65_HS1-834228961_62-HQ-83894_Section_10
Agency: FBI
Page 146
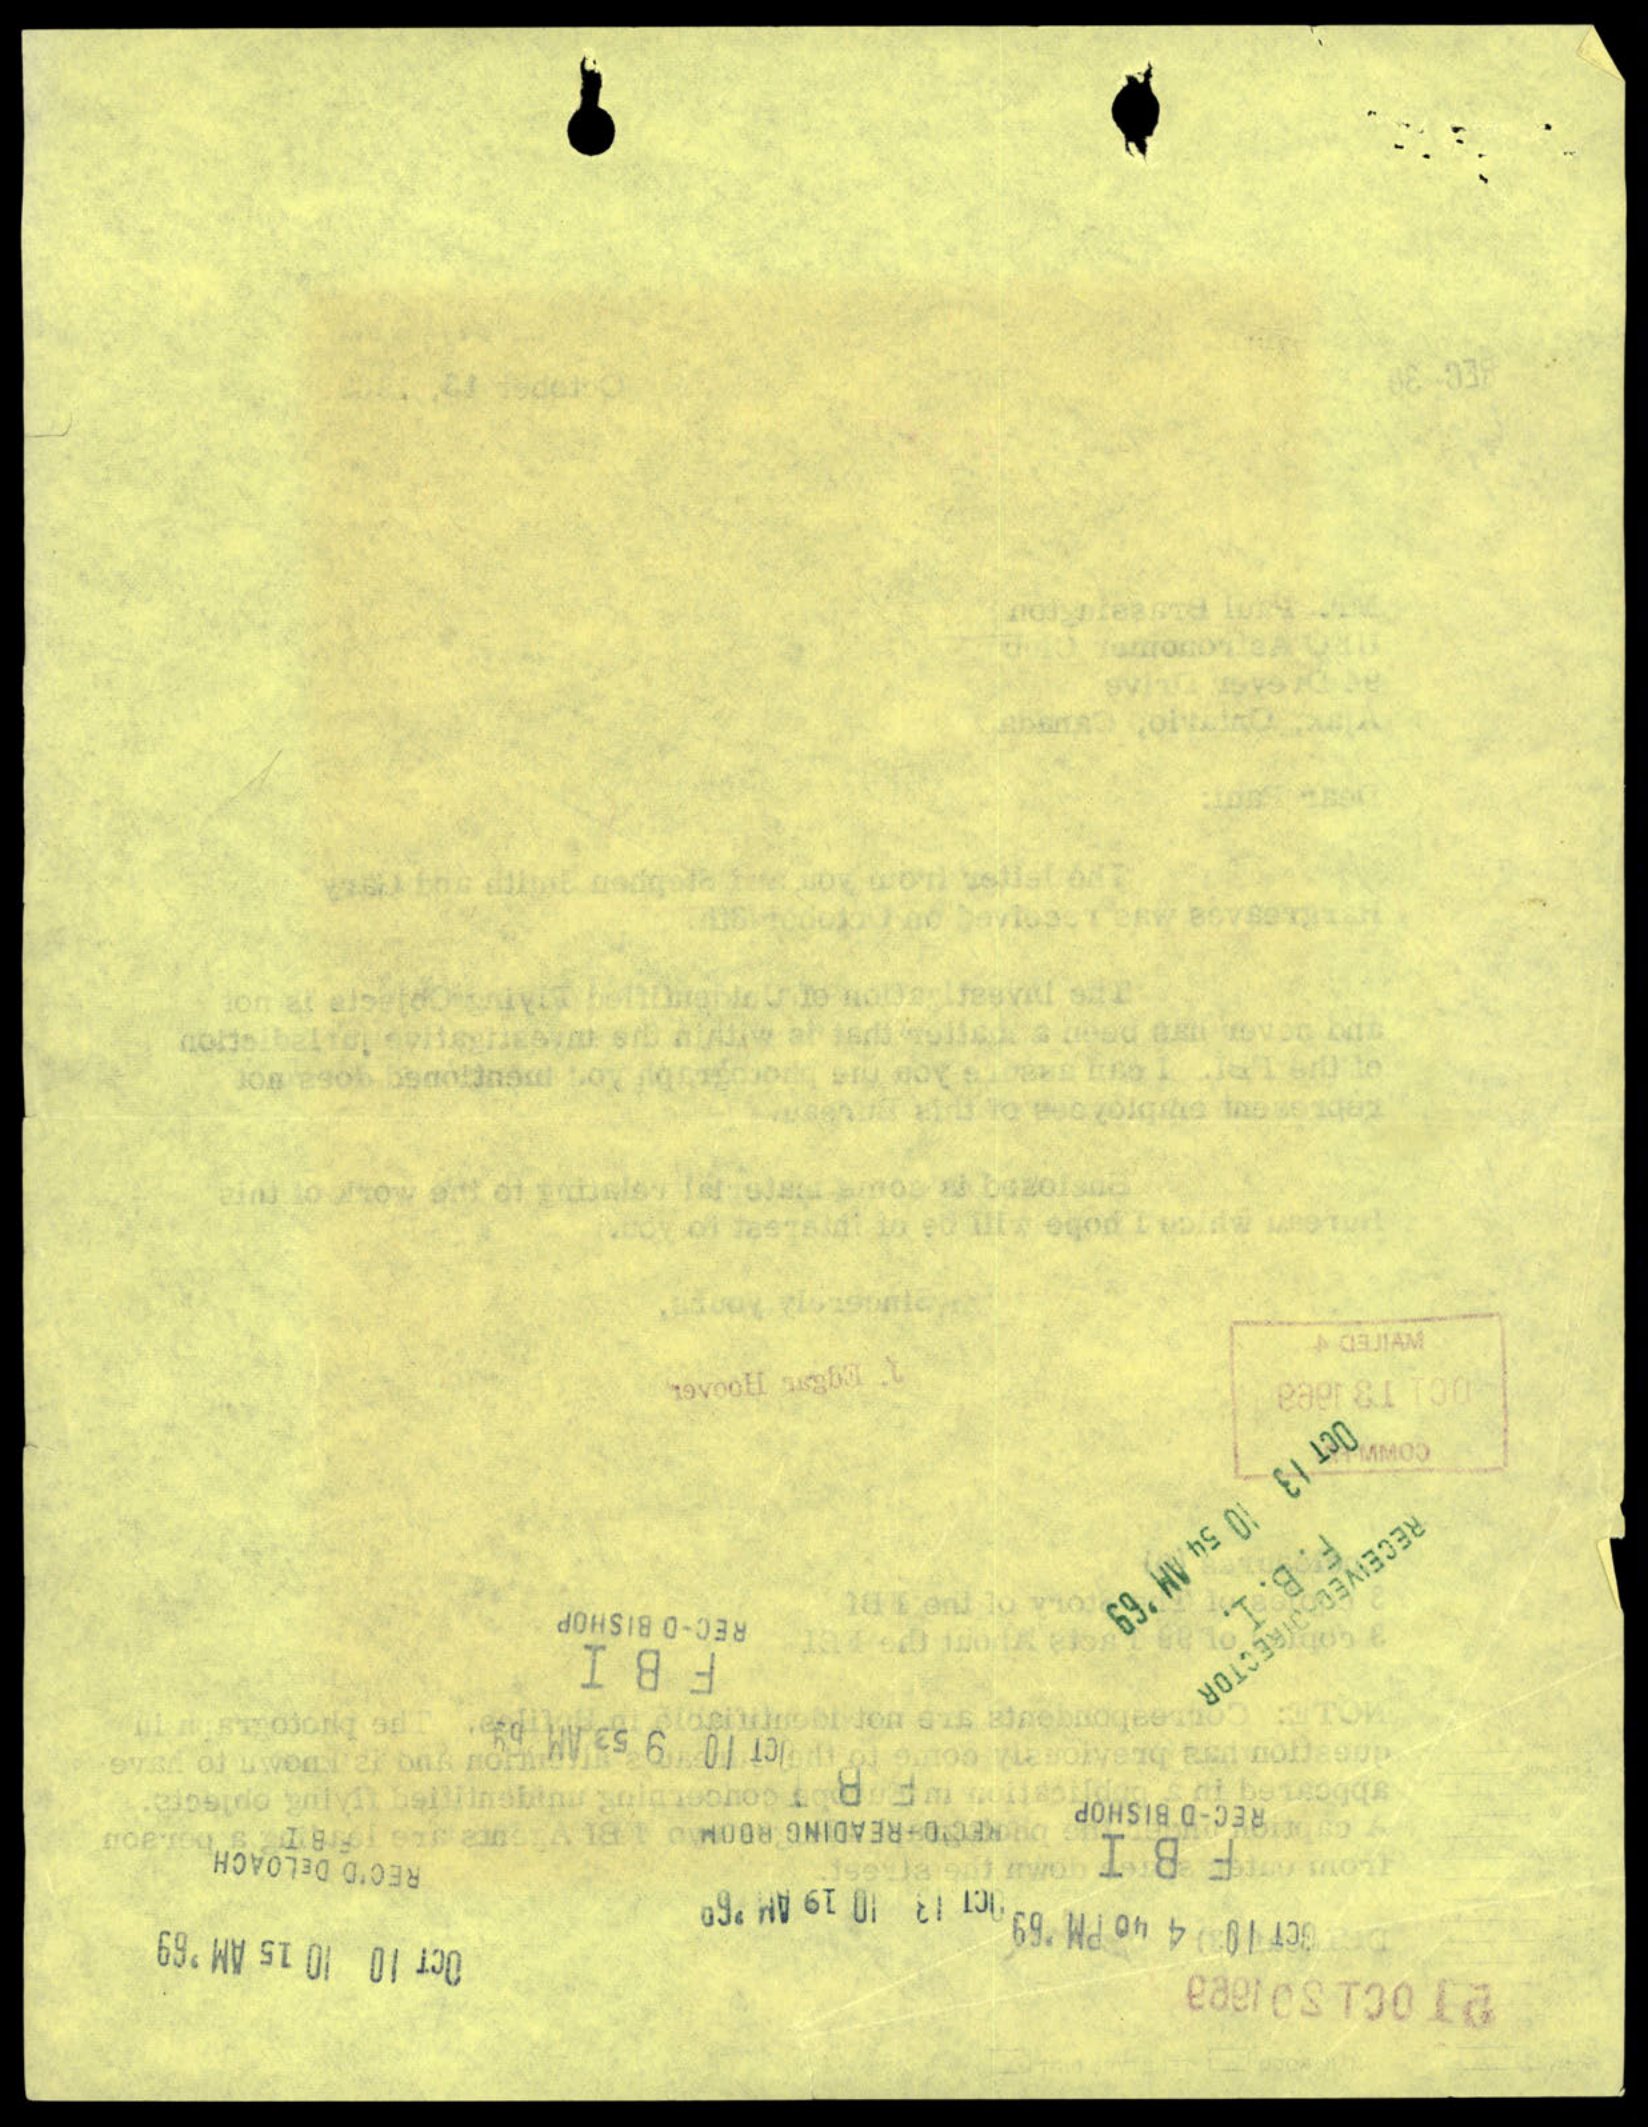